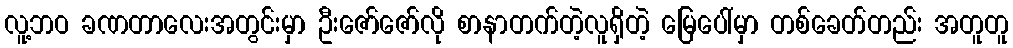
လူ့ဘဝ ခဏတာလေးအတွင်းမှာ ဦးဇော်ဇော်လို စာနာတက်တဲ့လူရှိတဲ့ မြေပေါ်မှာ တစ်ခေတ်တည်း အတူတူ